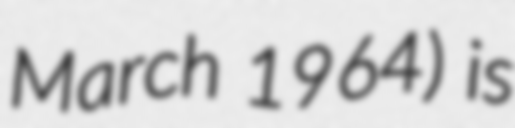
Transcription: March 1964) is